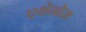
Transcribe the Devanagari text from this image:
एथेनोस